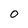
Character: O